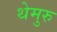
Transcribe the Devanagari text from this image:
थेमुरु